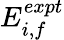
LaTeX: E_{i,f}^{expt}